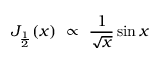
J _ { \frac { 1 } { 2 } } ( x ) \ \propto \ \frac { 1 } { \sqrt { x } } \sin x